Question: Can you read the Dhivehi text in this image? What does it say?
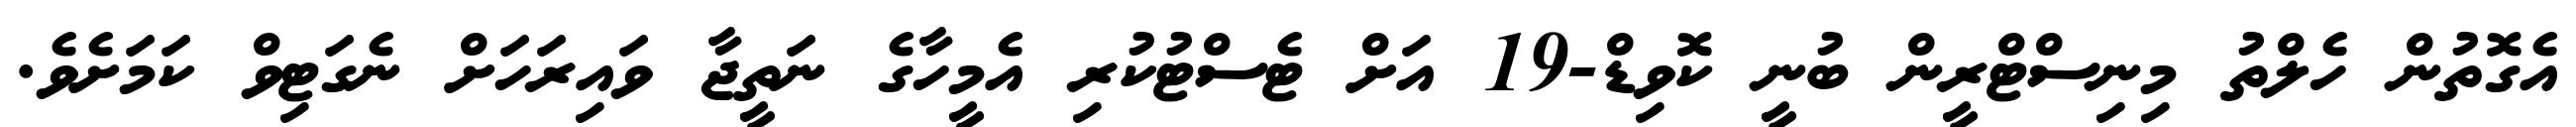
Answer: އެގޮތުން ހެލްތު މިނިސްޓްރީން ބުނީ ކޮވިޑް-19 އަށް ޓެސްޓުކުރި އެމީހާގެ ނަތީޖާ ވައިރަހަށް ނެގަޓިވް ކަމަށެވެ.